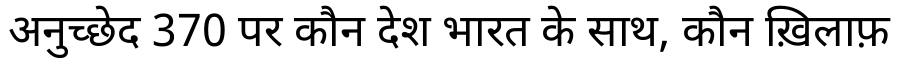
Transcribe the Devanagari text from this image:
अनुच्छेद 370 पर कौन देश भारत के साथ, कौन ख़िलाफ़